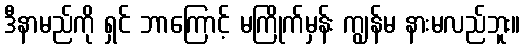
ဒီနာမည်ကို ရှင် ဘာကြောင့် မကြိုက်မှန်း ကျွန်မ နားမလည်ဘူး။